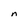
Character: n